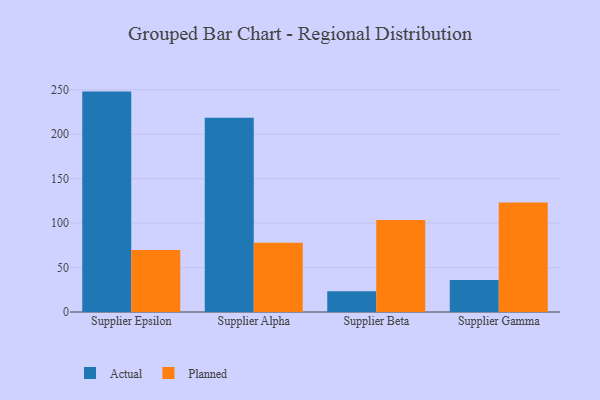
{"axis": {"x": "Supplier", "y": "Operating Costs (USD K)"}, "legend": ["Actual", "Planned"], "data": [{"x": "Supplier Epsilon", "y": 247.9, "type": "Actual"}, {"x": "Supplier Epsilon", "y": 69.7, "type": "Planned"}, {"x": "Supplier Alpha", "y": 218.5, "type": "Actual"}, {"x": "Supplier Alpha", "y": 77.8, "type": "Planned"}, {"x": "Supplier Beta", "y": 23.4, "type": "Actual"}, {"x": "Supplier Beta", "y": 103.4, "type": "Planned"}, {"x": "Supplier Gamma", "y": 36.1, "type": "Actual"}, {"x": "Supplier Gamma", "y": 123.3, "type": "Planned"}]}